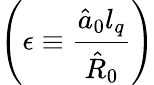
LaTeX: \left(\epsilon\equiv\frac{\hat{a}_{0}l_{q}}{\hat{R}_{0}}\right)